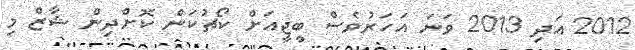
2012 އަދި 2013 ވަނަ އަހަރުވެސް ބީޖީއަށް ކޯޗުކަން ކޮށްދިން ޝާޒް މި